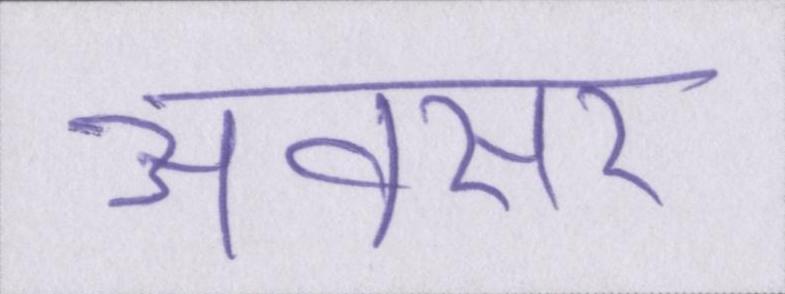
अवसर